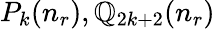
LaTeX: P_{k}(n_{r}),\mathbb{Q}_{2k+2}(n_{r})